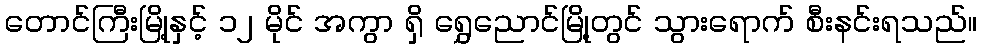
တောင်ကြီးမြို့နှင့် ၁၂ မိုင် အကွာ ရှိ ရွှေညောင်မြို့တွင် သွားရောက် စီးနင်းရသည်။